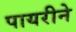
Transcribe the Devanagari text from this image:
पायरीने